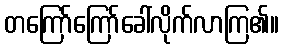
တကြော်ကြော်ခေါ်လိုက်လာကြ၏။